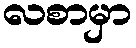
လစာမှာ